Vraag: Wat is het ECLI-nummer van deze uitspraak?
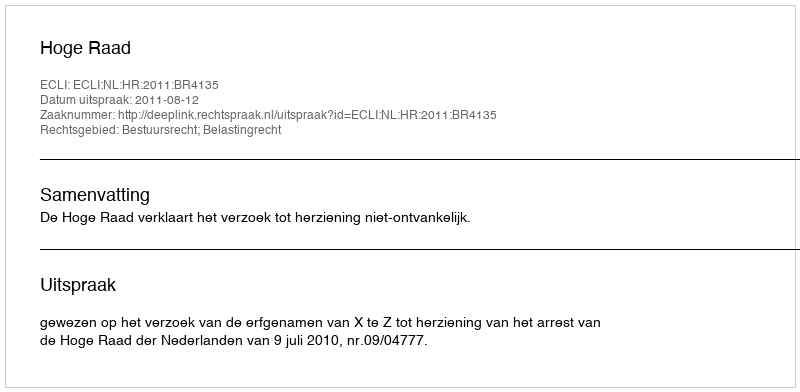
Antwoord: ECLI:NL:HR:2011:BR4135